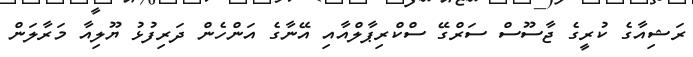
ރަޝިއާގެ ކުރީގެ ޖާސޫސް ސަރްގޭ ސްކްރިޕާލްއާއި އޭނާގެ އަންހެން ދަރިފުޅު ޔޫލިއާ މަރާލަން